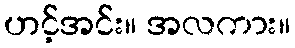
ဟင့်အင်း။ အလကား။